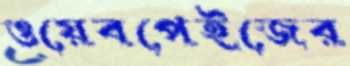
ওয়েবপেইজের